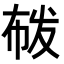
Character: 𭘟